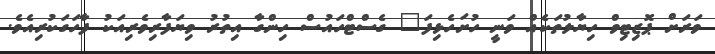
ވަރަށް ޕޮޒިޓިވް ހިޔާލުތަކެއް ވަނީ ހުށަހެޅިފަ" ގެސްޓްހައުސް ހިންގާ އިތުރު ވިޔަފާރިވެރިއަކު ފާހަގަކުރިއެވެ.